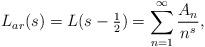
LaTeX: \begin{align*}L_{ar}(s) = L(s-\tfrac12) = \sum_{n=1}^\infty \frac{A_n}{n^s},\end{align*}